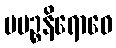
ပပဉ္စနိရောဓေ